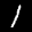
Label: 1